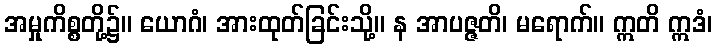
အမှုကိစ္စတို့၌။ ယောဂံ၊ အားထုတ်ခြင်းသို့။ န အာပဇ္ဇတိ၊ မရောက်။ ဣတိ ဣဒံ၊